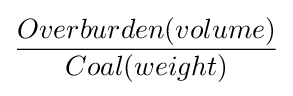
{\frac {Overburden(volume)}{Coal(weight)}}